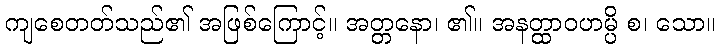
ကျစေတတ်သည်၏ အဖြစ်ကြောင့်။ အတ္တနော၊ ၏။ အနတ္ထာဝဟမ္ပိ စ၊ သော။